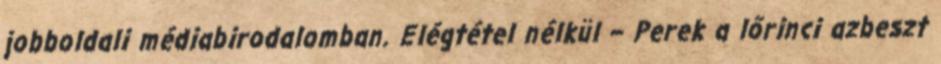
jobboldali médiabirodalomban. Elégtétel nélkül – Perek a lőrinci azbeszt